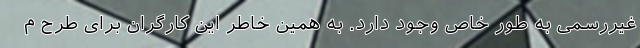
غیررسمی به طور خاص وجود دارد. به همین خاطر این کارگران برای طرح م